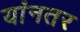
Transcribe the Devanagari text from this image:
यांनतर